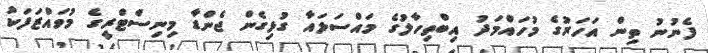
ފެނުނު ތިން އަހަރުގެ މުހައްމަދު އިބްތިހާލުގެ މައްސަލައާ ގުޅިގެން ޖެންޑާ މިނިސްޓްރީގެ މުވައްޒަފަކު